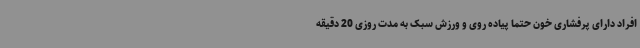
افراد دارای پرفشاری خون حتما پیاده روی و ورزش سبک به مدت روزی 20 دقیقه